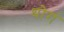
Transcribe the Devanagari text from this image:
थोगं